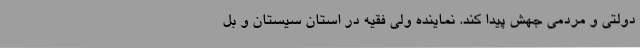
دولتی و مردمی جهش پیدا کند. نماینده ولی فقیه در استان سیستان و بل